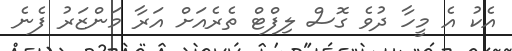
އެކު އެ މީހާ ދުވެ ގޮސް ލިފްޓް ތެރެއަށް އަރާ މަންޒަރު ފެނެ